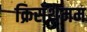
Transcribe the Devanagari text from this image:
क्रिसँथेमम